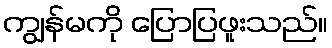
ကျွန်မကို ပြောပြဖူးသည်။